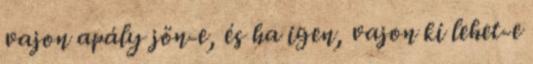
vajon apály jön-e, és ha igen, vajon ki lehet-e